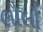
લૌલૌ